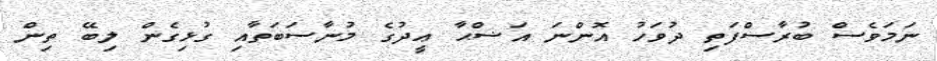
ނަމަވެސް ބުރާސްފަތި ދުވަހު އޮންނަ އަޟްޙާ ޢީދުގެ މުނާސަބަތާއި ގުޅިގެން ލިބޭ ތިން